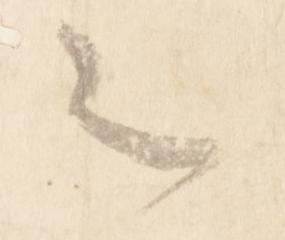
之